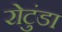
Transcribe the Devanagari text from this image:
रोटुंडा